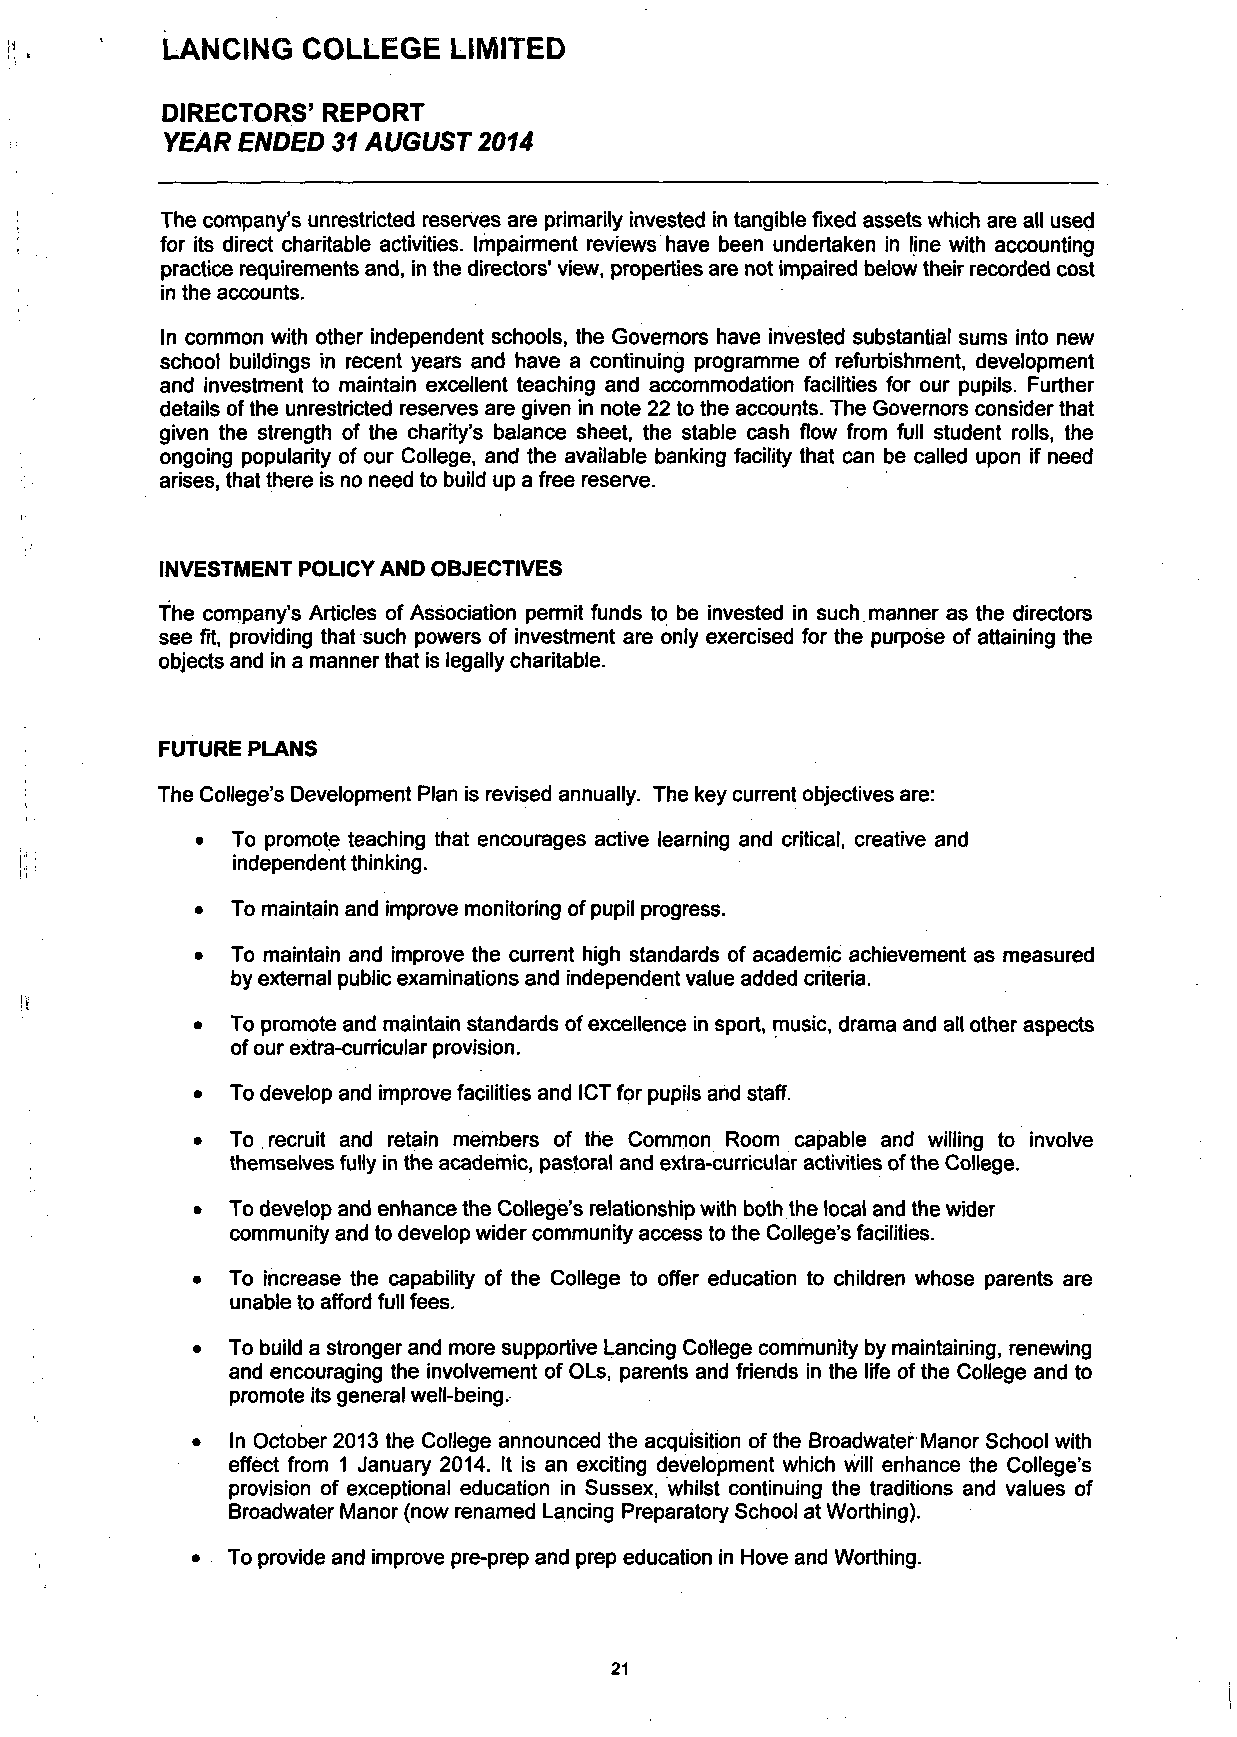
LANCING  COLLEGE   LIMITED
 DIRECTORS' REPORT
 YEAR ENDED  31 AUGUST 2014
 The company's unrestricted reserves are primarily invested in tangible fixed assets which are all used
 for its direct charitable activities. Impairment reviews have been undertaken in line with accounting
 practice requirements and, in the directors' view, properties are not impaired below their recorded cost
 in the accounts.
 In common with other independent schools, the Governors have invested substantial sums into new
 school buildings in recent years and have a continuing programme of refurbishment, development
 and investment to maintain excellent teaching and accommodation facilities for our pupils. Further
 details of the unrestricted reserves are given in note 22 to the accounts. The Governors consider that
 given the strength of the charity's balance sheet, the stable cash flow from full student rolls, the
 ongoing popularity of our College, and the available banking facility that can be called upon if need
 arises, that there is no need to build up a free reserve.
 INVESTMENT POLICY AND OBJECTIVES
 The company's Articles of Association permit funds to be invested in such manner as the directors
 see fit, providing that such powers of investment are only exercised for the purpose of attaining the
 objects and in a manner that is legally charitable.
 FUTURE PLANS
 The College's Development Plan is revised annually. The key current objectives are:
 • To promote teaching that encourages active learning and critical, creative and
 independent thinking.
 • To maintain and improve monitoring of pupil progress.
 • To maintain and improve the current high standards of academic achievement as measured
 by external public examinations and independent value added criteria.
 • To promote and maintain standards of excellence in sport, music, drama and all other aspects
 of our extra-curricular provision.
 • To develop and improve facilities and ICT for pupils and staff.
 • To recruit and retain members of the Common Room capable and willing to involve
 themselves fully in the academic, pastoral and extra-curricular activities of the College.
 • To develop and enhance the College's relationship with both the local and the wider
 community and to develop wider community access to the College's facilities.
 • To increase the capability of the College to offer education to children whose parents are
 unable to afford full fees.
 • To build a stronger and more supportive Lancing College community by maintaining, renewing
 and encouraging the involvement of OLs, parents and friends in the life of the College and to
 promote its general well-being.
 • In October 2013 the College announced the acquisition of the Broadwater Manor School with
 effect from 1 January 2014. It is an exciting development which will enhance the College's
 provision of exceptional education in Sussex, whilst continuing the traditions and values of
 Broadwater Manor (now renamed Lancing Preparatory School at Worthing).
 • To provide and improve pre-prep and prep education in Hove and Worthing.
 21